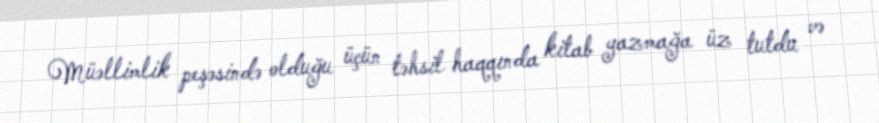
Müəllimlik peşəsində olduğu üçün təhsil haqqında kitab yazmağa üz tutdu və